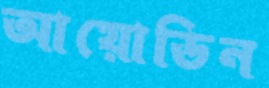
আয়োডিন